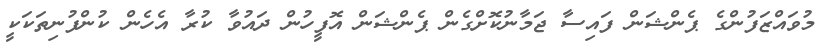
މުވައްޒަފުންގެ ޕެންޝަން ފައިސާ ޖަމާނުކޮށްގެން ޕެންޝަން އޮފީހުން ދައުވާ ކުރާ އެހެން ކުންފުނިތަކަކީ